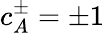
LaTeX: c_{A}^{\pm}=\pm 1